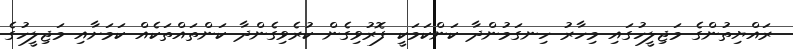
ރައްޔިތުންގެ މަޖިލީހުގައި މިހާރު ހިނގަމުންދާ ކަންކަމަކީ ފޮރުވިގެން ކުރެވިގެންދާ ކަންތައްތަކެއް ކަމަށާއި މަޖިލީހުގެ